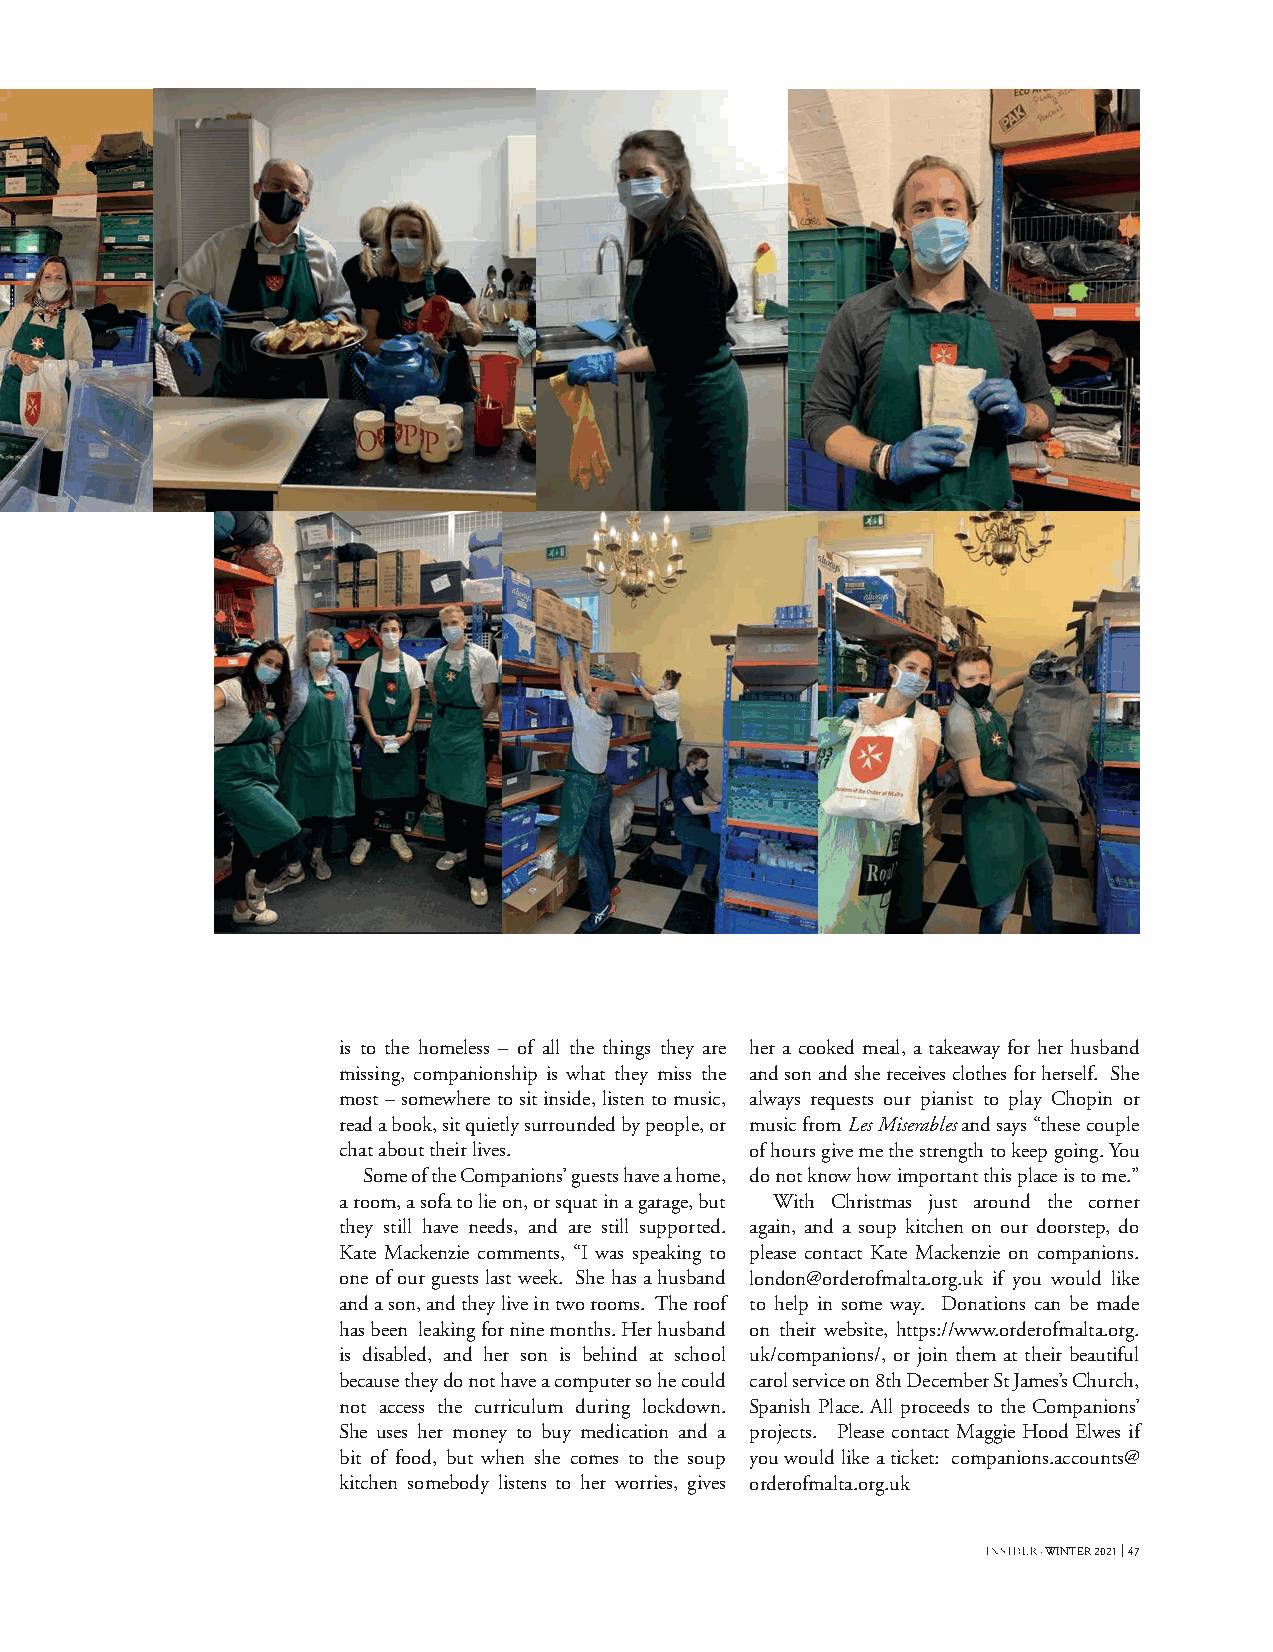
is to the homeless – of all the things they are her a cooked meal, a takeaway for her husband
 missing, companionship is what they miss the and son and she receives clothes for herself. She
 most – somewhere to sit inside, listen to music, always requests our pianist to play Chopin or
 read a book, sit quietly surrounded by people, or music from Les Miserables and says “these couple
 chat about their lives.     of hours give me the strength to keep going. You
 Some of the Companions’ guests have a home, do not know how important this place is to me.”
 a room, a sofa to lie on, or squat in a garage, but With Christmas just around the corner
 they still have needs, and are still supported. again, and a soup kitchen on our doorstep, do
 Kate Mackenzie comments, “I was speaking to please contact Kate Mackenzie on companions.
 one of our guests last week. She has a husband london@orderofmalta.org.uk if you would like
 and a son, and they live in two rooms. The roof to help in some way. Donations can be made
 has been leaking for nine months. Her husband on their website, https://www.orderofmalta.org.
 is disabled, and her son is behind at school uk/companions/, or join them at their beautiful
 because they do not have a computer so he could carol service on 8th December St James’s Church,
 not access the curriculum during lockdown. Spanish Place. All proceeds to the Companions’
 She uses her money to buy medication and a projects. Please contact Maggie Hood Elwes if
 bit of food, but when she comes to the soup you would like a ticket: companions.accounts@
 kitchen somebody listens to her worries, gives orderofmalta.org.uk
 · WINTER 2021 47